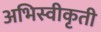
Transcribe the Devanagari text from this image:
अभिस्वीकृती